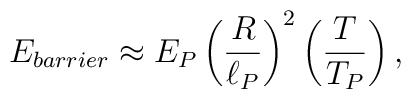
E_{barrier} \approx E_P \left({R\over \ell_P}\right)^2                        \left({T\over T_P} \right),